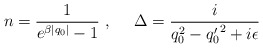
\begin{align*}n= \frac{1}{e^{\beta |q_0|}-1}~,~~~~ {\Delta} =\frac{i}{q_0^2-{q_0^\prime}^2+i \epsilon}\end{align*}